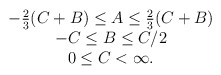
\begin{align*}\begin{array}{c} -\frac{2}{3}(C+B) \leq A \leq \frac{2}{3}(C+B)\\ -C \leq B \leq C/2\\ 0 \leq C < \infty. \end{array}\end{align*}